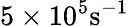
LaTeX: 5\times 10^{5}\mathrm{s^{-1}}